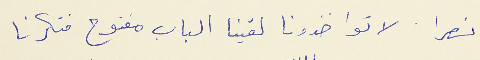
نصرا : لا تواخذونا لقينا الباب مفتوح فتكرنا